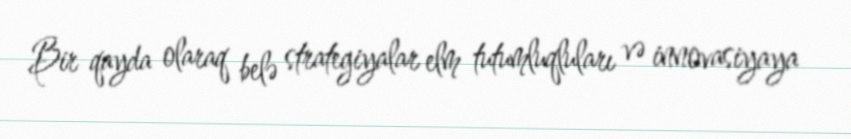
Bir qayda olaraq belə strategiyalar elm tutumluqluları və innovasiyaya